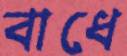
বাধে